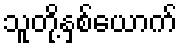
သူတို့နှစ်ယောက်